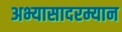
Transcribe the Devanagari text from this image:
अभ्यासादरम्यान